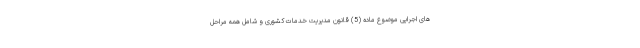
های اجرایی موضوع ماده (5) قانون مدیریت خدمات کشوری و شامل همه مراحل